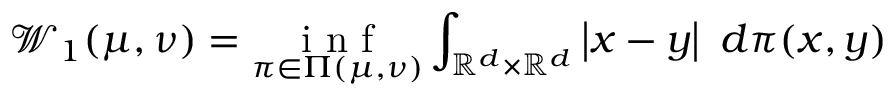
\mathcal { W } _ { 1 } ( \mu , \nu ) = \underset { \pi \in \Pi ( \mu , \nu ) } { \mathrm { ~ i ~ n ~ f ~ } } \int _ { \mathbb { R } ^ { d } \times \mathbb { R } ^ { d } } \left| x - y \right| \ d \pi ( x , y )